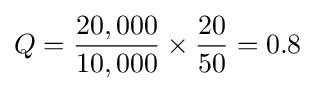
Q={\frac {20,000}{10,000}}\times {\frac {20}{50}}=0.8